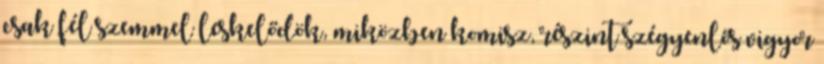
csak fél szemmel leskelődök, miközben komisz, részint szégyenlős vigyor